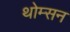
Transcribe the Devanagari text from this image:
थोम्सन